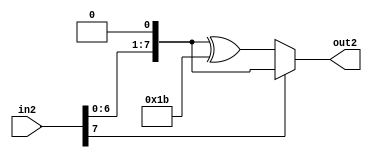
`timescale 1ns / 1ps
//////////////////////////////////////////////////////////////////////////////////
// Company: 
// Engineer: 
// 
// Design Name: 
// Module Name: multiply_by_2
// Project Name: 
// Target Devices: 
// Tool Versions: 
// Description: 
// 
// Dependencies: 
// 
// Revision:
// Revision 0.01 - File Created
// Additional Comments:
// 
//////////////////////////////////////////////////////////////////////////////////


module multiply_by_2(
    input [7:0] in2,
    output reg [7:0] out2
    );
    always @(*)
    begin
        if(in2[7]==0)
            out2=(in2<<1) ^ 8'b00011011;
        else 
            out2=(in2<<1);
    end
endmodule